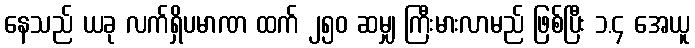
နေသည် ယခု လက်ရှိပမာဏ ထက် ၂၅၀ ဆမျှ ကြီးမားလာမည် ဖြစ်ပြီး ၁.၄ အေယူ